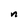
Character: n